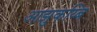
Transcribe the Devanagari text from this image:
आझुकय्बि